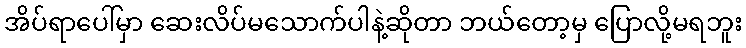
အိပ်ရာပေါ်မှာ ဆေးလိပ်မသောက်ပါနဲ့ဆိုတာ ဘယ်တော့မှ ပြောလို့မရဘူး